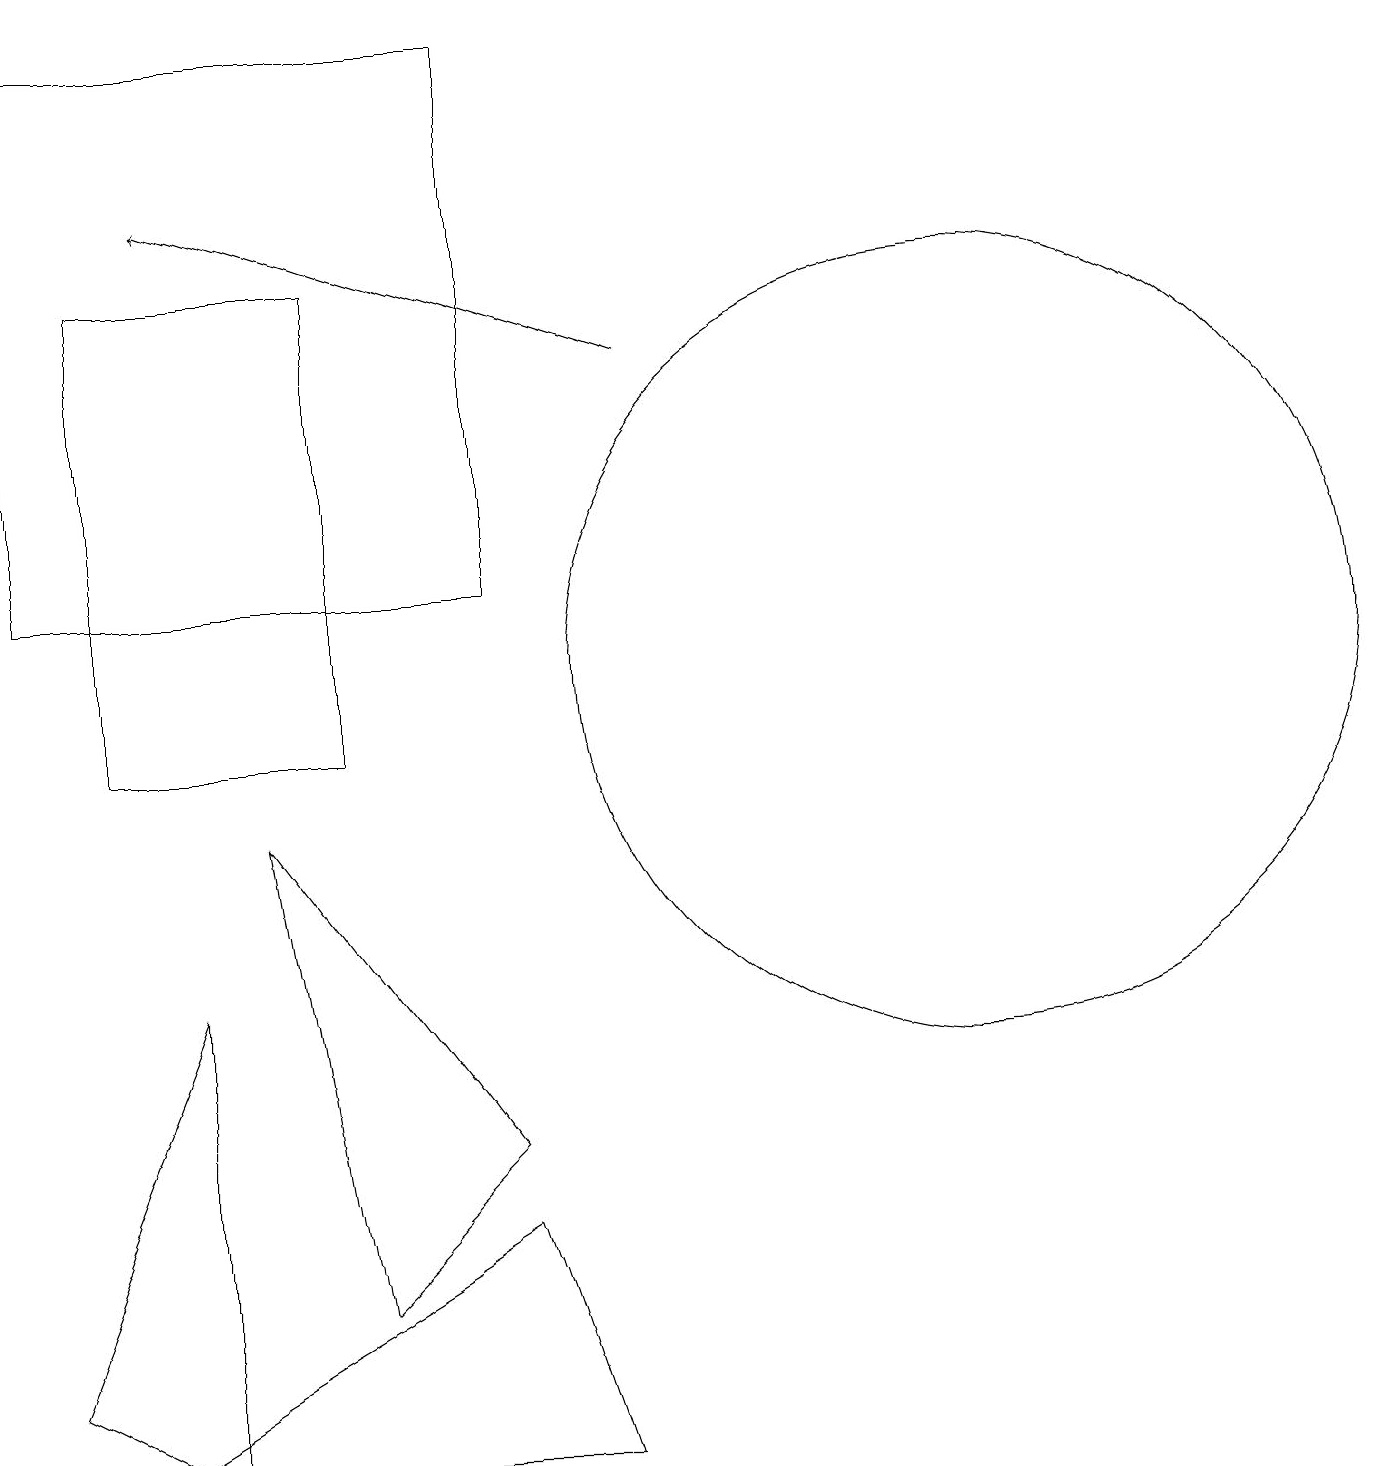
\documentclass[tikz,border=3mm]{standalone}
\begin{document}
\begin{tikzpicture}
\draw (2,1) -- (0,2) -- (2,7) -- cycle;
\draw (4,16) rectangle (1,10);
\draw (3,9) -- (6,5) -- (4,3) -- cycle;
\draw[->] (8,15) -- (2,17);
\draw (1,1) -- (6,4) -- (7,1) -- cycle;
\draw (12,11) circle (5);
\draw (11,10) circle (0);
\draw (6,12) rectangle (0,19);
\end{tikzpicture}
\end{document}